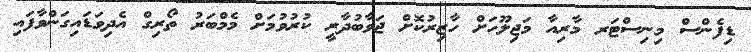
ޑިފެންސް މިނިސްޓަރ މާރިއާ މަޖިލޫހަށް ހާޒިރުކޮށް ޖަވާބުދާރީ ކުރުވުމަށް މެމްބަރު ތޯރިގް އެދިވަޑައިގަންވާފައި